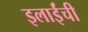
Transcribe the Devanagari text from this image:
इलाईंची